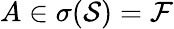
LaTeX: A\in\sigma(\mathcal S)=\mathcal F